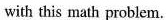
with this math problem.